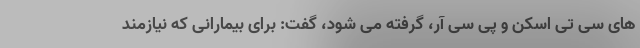
های سی تی اسکن و پی سی آر، گرفته می شود، گفت: برای بیمارانی که نیازمند